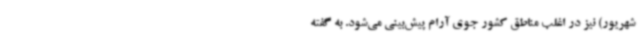
شهریور) نیز در اغلب مناطق کشور جوی آرام پیش‌بینی می‌شود. به گفته